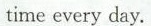
time every day.